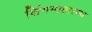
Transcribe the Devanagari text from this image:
लिंगमाहात्म्य